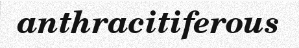
anthracitiferous